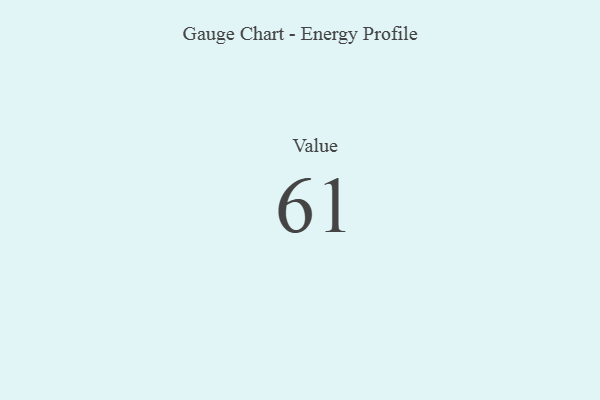
{"axis": {"x": "Metric", "y": "Value"}, "legend": [""], "data": [{"x": "Value", "y": 61, "type": ""}]}